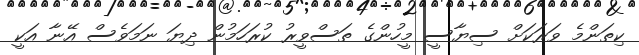
ކިތަންމެ ވަރަކަށް ސިޔާސީ މީހުންގެ ތަސްވީރު ކުރަހަމުން ދިޔަ ނަމަވެސް އޭނާ އަކީ